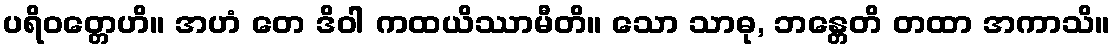
ပရိဝတ္တေဟိ။ အဟံ တေ ဒိဝါ ကထယိဿာမီတိ။ သော သာဓု, ဘန္တေတိ တထာ အကာသိ။